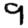
Digit: 9